Lunatic asylums Bombay report 1891-1903 - 1891-1903
Year: 1891
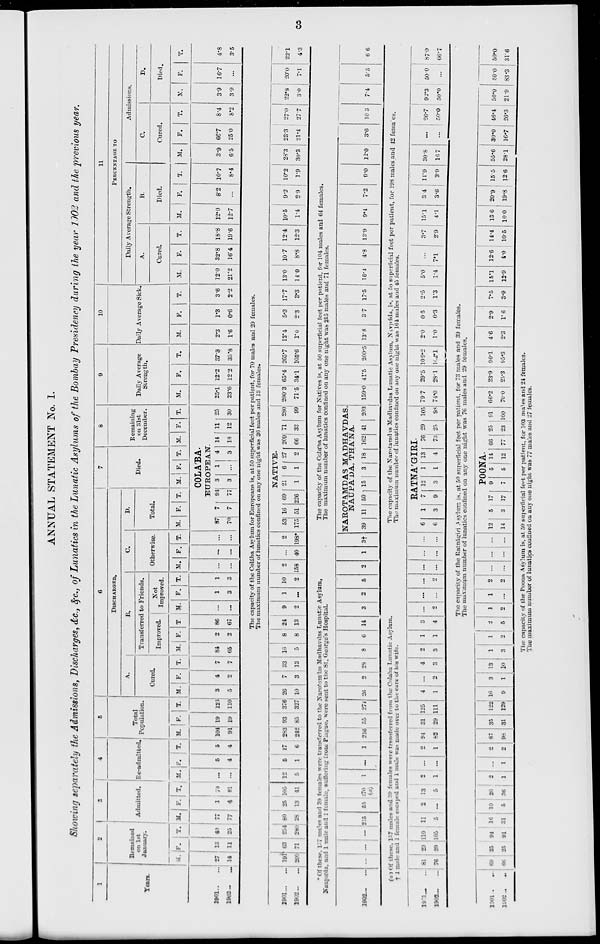
3
ANNUAL STATEMENT No. I.
Showing separately the Admissions, Discharges, &c., &c., of Lunatics in the Lunatic Asylums of the Bombay Presidency during the year 1902 and the previous year.
1
Years.
1901 ... ...
1902 ... ...
1901 ... ...
1902 ... ...
2
Remained
on 1st
January.
M.
27
14
191
209
F.
13
11
63
71
T.
40
25
254
280
3
Admitted.
M.
77
77
80
28
F.
1
4
25
13
T.
78
81
105
41
4
Re-admitted.
M.
...
...
12
5
F.
5
4
5
1
T.
5
4
17
6
5
Total
Population.
M.
104
91
283
242
F.
19
19
93
85
T.
123
110
376
327
6
DISCHARGED.
A.
Cured.
M.
3
5
26
10
F.
4
2
7
3
T.
7
7
33
13
B.
Transferred to Friends.
Improved.
M.
84
65
16
5
F.
2
2
8
8
T.
86
67
Not
Improved.
M.
...
...
F.
1
3
T.
1
3
C.
Otherwise.
M.
...
...
F.
...
...
T.
...
...
D.
Total.
M. F. T.
7
Died.
M. F. T.
8
Remaining
on 31st
December.
M. F. T.
COLABA.
EUROPEAN.
87
70
7
7
94
77
3
3
1
...
4
3
14
18
11
12
25
30
9
Daily Average
Strength.
M.
25.1
23.6
F.
12.2
12.2
T.
37.3
35.8
10
Daily Average Sick.
M.
2.3
1.6
F.
1.3
0.6
T.
3.6
2.2
The capacity of the Colába Asylum for Europeans is, at 50 superficial feet per patient, for 70 males and 20 females.
The maximum number of lunatics confined on any one night was 36 males and 13 females.
24
13
9
2
1
...
10
2
* Of these, 177 males and 39 females were transferred to the Narotamdas Madhavdas Lunatic Asylam,
Naupáda, and 1 male and 1 female, suffering- from Plague, were sent to the St. George's Hospital.
1902 ...
...
... ...
... 215 55 270
(a)
1
...
1 216 55 271 26
2 28
8
6 14
(a ) Of these, 157 males and 39 females were transferred from the Colaba Lunatic Asylum.
† 1 male and 1 female escaped and 1 male was made over to the care of his wife.
1901 ... ...
1902 ... ...
1901 ... ...
1902 ... ...
81
76
69
66
29
29
25
25
110
105
94
91
11
5
16
31
2
...
10
5
13
5
26
36
2
1
2
1
...
...
...
1
2
1
2
2
94
82
87
98
31
29
35
31
125
111
122
129
4
1
10
9
...
2
3
1
4
3
13
10
2
3
1
3
1
1
1
2
3
4
2
5
3
...
2
2
...
...
5
...
2
2
158
2
...
...
...
40
1
...
...
2
198*
3†
...
...
NATIVE.
53
175
16
51
69
226
21
1
6
1
27
2
209
66
71
33
280
99
200.3
71.5
65.4
34.1
265.7
105.6
13.4
1.0
5.3
2.3
17.7
3.3
11
PERCENTAGE
TO
Daily Average Strength.
A.
Cured.
M.
12.0
21.2
13.0
14.0
F.
32.8
16.4
10.7
8.8
T.
18.8
19.6
12.4
12.3
B.
Died.
M.
12.0
12.7
10.5
1.4
F.
8.2
...
9.2
2.9
The capacity of the Colába Asylum for Natives is, at 50 superficial feet per patient, for 104 males and 64 females.
The maximum number of lunatics confined on any one night was 215 males and 71 females.
NAROTAMDAS MADHAVDAS,
NAUPA'DA, THA'NA.
39 11 50 15 3 18 162 41 203 159.0 41.5 200.5 13.8
3.7 17.5
16.4
4.8
13.9
9.4
7.2
T.
10.7
8.4
10.2
1.9
9.0
Admissions.
C.
Cured.
M.
3.9
6.5
28.3
30.3
12.0
F.
66.7
25.0
23.3
21.4
3.6
T.
8.4
8.2
27.0
27.7
10.3
The capacity of the Narotamdas Madhavdas Lunatic Asylum, Navpáda, is, at 50 superficial feet per patient, for 198 males and 42 females.
The maximum number of lunatics confined on any one night was 164 males and 45 females.
RATNA'GIRI.
6
6
1
3
7
9
12
3
1
1
13
4
76
73
29
25
105
98
79.7
74.0
29.5
28.1
109.2
102.1
2.0
1.0
0.5
0.3
The capacity of the Ratnátriri Asylum is at 50 superficial feet per patient, for 73 males and 39 females
The maximum number of lunatics confined on any one night was 76 males and 29 females.
1
2
1
...
2
2
...
...
...
...
...
...
POONA.
12
14
5
3
17
17
9
7
5
5
14
12
66
77
25
23
91
100
66.2
70.0
23.9
25.3
90.1
95.3
The capacity of the Poona Asylum is, at 50 superficial feet per patient, for 103 males and 24 females.
The maximum number of lunatics confined on any one night was 77 males and 27 females.
4.6
2.3
2.9
1.6
2.5
1.3
7.5
3.9
5.0
1.4
15.1
12.9
...
7.1
12.6
4.0
3.7
2.9
14.4
10.5
15.1
4.1
13.6
10.0
3.4
3.6
20.9
19.8
11.9
3.9
15.5
12.6
30.8
16.7
55.6
28.1
...
...
30.0
16.7
26.7
50.0
46.4
26.3
D.
Died.
M.
3.9
3.9
22.8
3.0
7.4
92.3
50.0
50.0
21.9
F.
16.7
...
20.0
7.1
5.5
50.0
...
50.0
83.3
T.
4.8
3.5
22.1
4.3
6.6
87.0
66.7
50.0
31.6